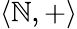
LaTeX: \langle\mathbb{N},+\rangle